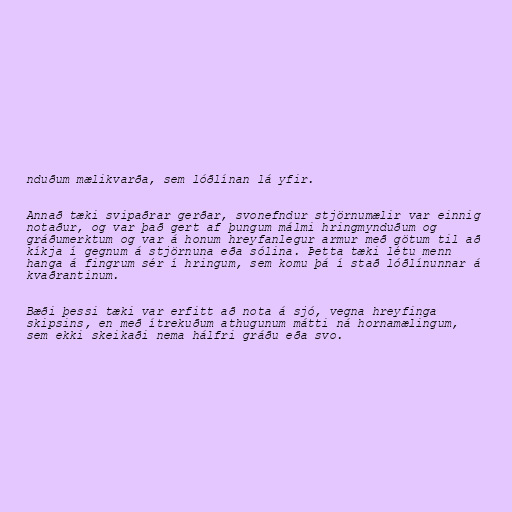
nduðum mælikvarða, sem lóðlínan lá yfir.

Annað tæki svipaðrar gerðar, svonefndur stjörnumælir var einnig
notaður, og var það gert af þungum málmi hringmynduðum og
gráðumerktum og var á honum hreyfanlegur armur með götum til að
kíkja í gegnum á stjörnuna eða sólina. Þetta tæki létu menn
hanga á fingrum sér í hringum, sem komu þá í stað lóðlínunnar á
kvaðrantinum.

Bæði þessi tæki var erfitt að nota á sjó, vegna hreyfinga
skipsins, en með ítrekuðum athugunum mátti ná hornamælingum,
sem ekki skeikaði nema hálfri gráðu eða svo.